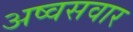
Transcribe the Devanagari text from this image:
अष्वसवार